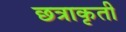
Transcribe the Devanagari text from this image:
छत्राकृती